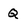
Character: q